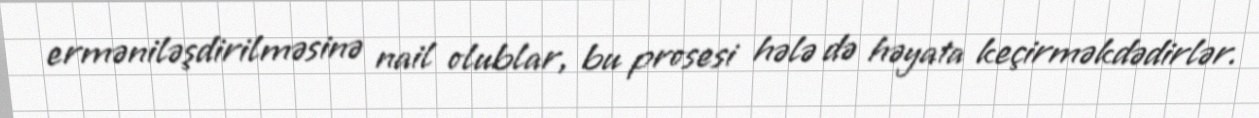
erməniləşdirilməsinə nail olublar, bu prosesi hələ də həyata keçirməkdədirlər.